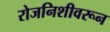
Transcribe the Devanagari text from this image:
रोजनिशीवरून